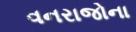
વનરાજોના